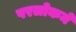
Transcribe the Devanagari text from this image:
परलोकमे